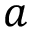
a